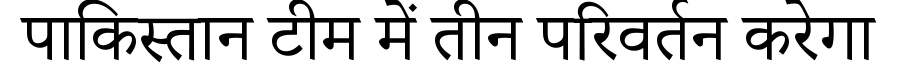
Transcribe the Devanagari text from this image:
पाकिस्तान टीम में तीन परिवर्तन करेगा